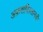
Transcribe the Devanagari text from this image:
अफ़गाणिस्तानची